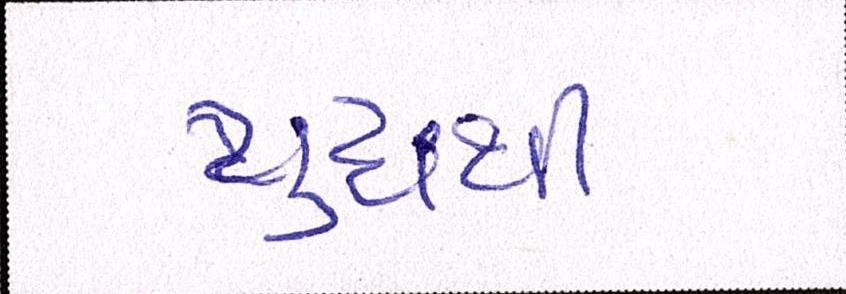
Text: યુદ્ધથી